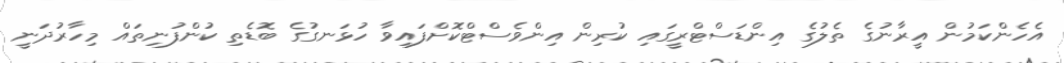
އެހެންކަމުން އީރާނުގެ ތެލުގެ އިންޑަސްޓްރީގައި ކުރިން އިންވެސްޓްކޮށްފައިވާ ހުޅަނގުގެ ބޮޑެތި ކުންފުނިތައް މިހާރުދަނީ